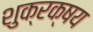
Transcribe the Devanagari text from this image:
शुक्रक्षय